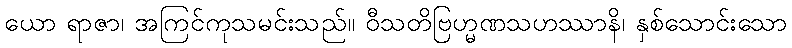
ယော ရာဇာ၊ အကြင်ကုသမင်းသည်။ ဝီသတိဗြဟ္မဏသဟဿာနိ၊ နှစ်သောင်းသော